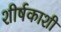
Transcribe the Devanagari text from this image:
शीर्षकाशी